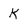
Character: k